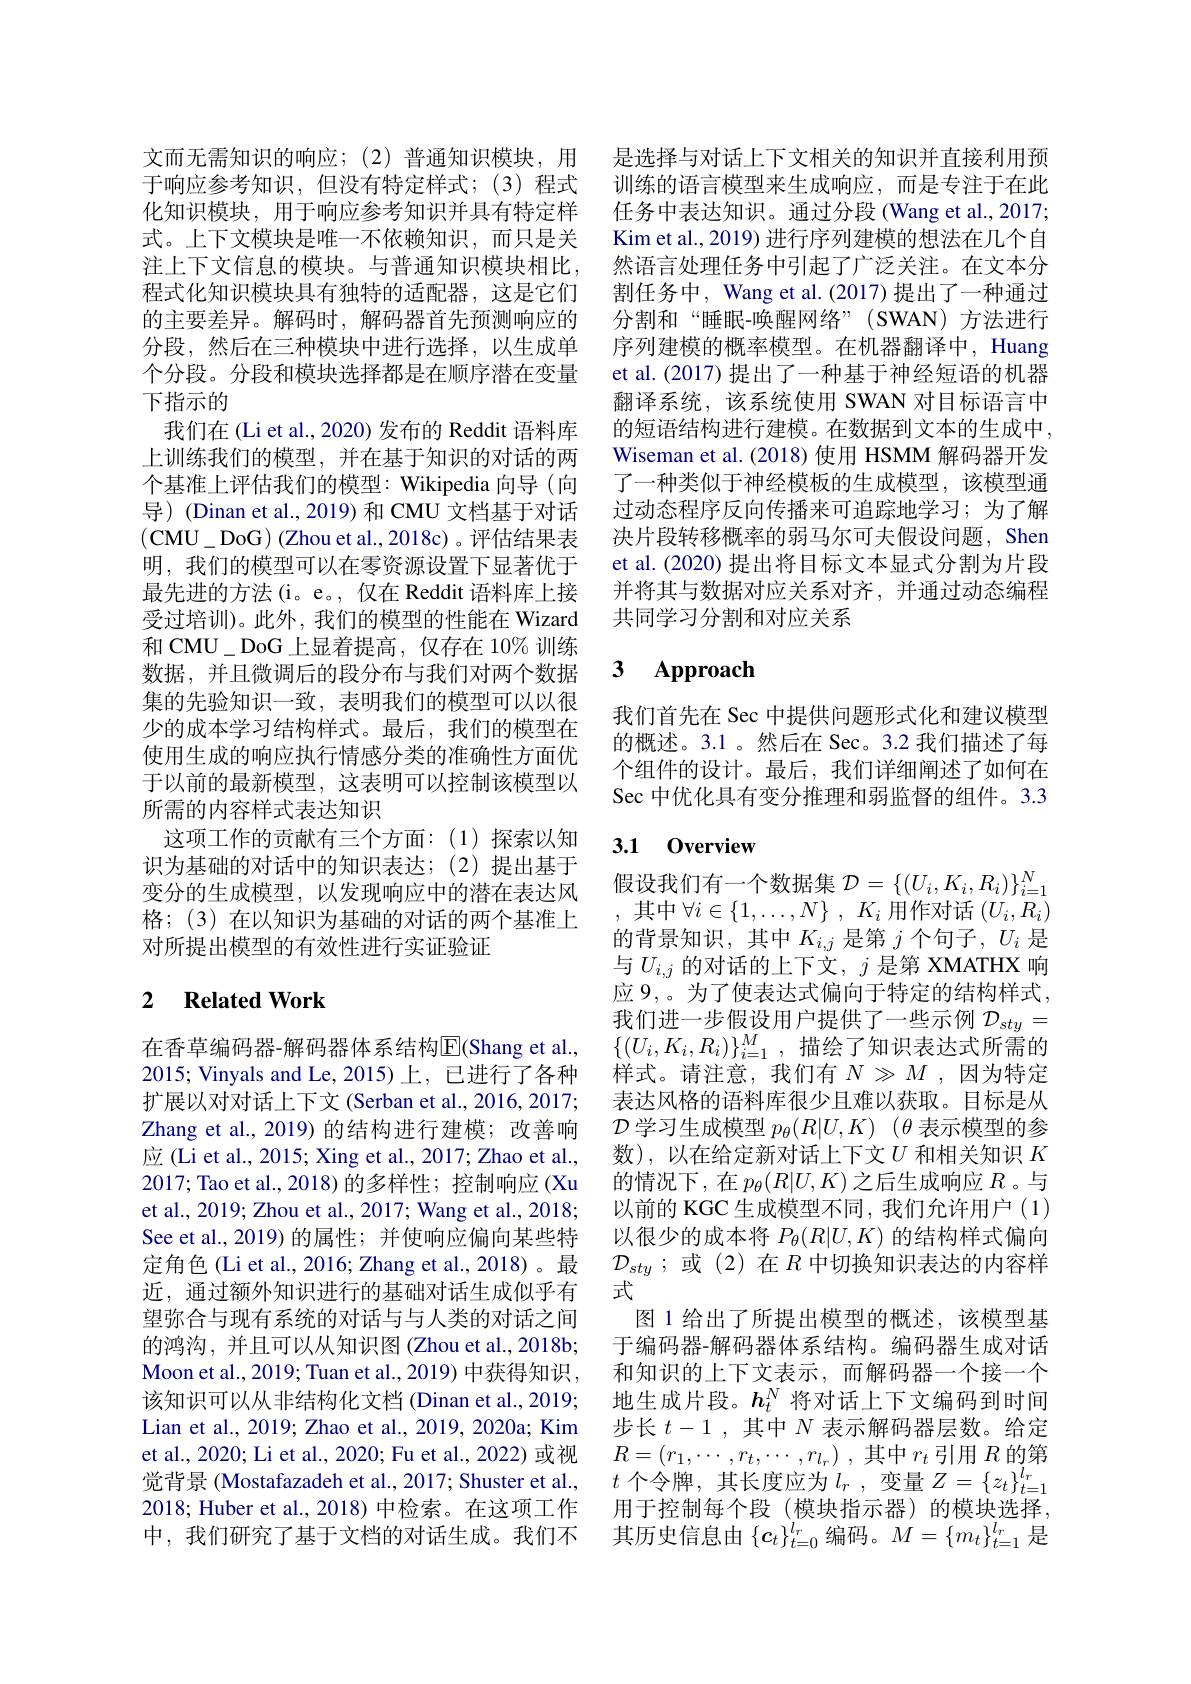
文而无需知识的响应；(2)普通知识模块，用于响应参考知识，但没有特定样式；(3)程式化知识模块，用于响应参考知识并具有特定样式。上下文模块是唯一不依赖知识，而只是关注上下文信息的模块。与普通知识模块相比， 程式化知识模块具有独特的适配器，这是它们的主要差异。解码时，解码器首先预测响应的分段，然后在三种模块中进行选择，以生成单个分段。分段和模块选择都是在顺序潜在变量下指示的
我们在 (Li et al., 2020) 发布的 Reddit 语料库上训练我们的模型，并在基于知识的对话的两个基准上评估我们的模型：Wikipedia 向导(向导) (Dinan et al., 2019) 和 CMU 文档基于对话(CMU$\_$DoG) ( Zhou et al. , 2018c) 。评估结果表明，我们的模型可以在零资源设置下显著优于最先进的方法(i。e。, 仅在 Reddit 语料库上接受过培训)。此外，我们的模型的性能在 Wizard 和 CMU\_ DoG 上显着提高，仅存在 10% 训练数据，并且微调后的段分布与我们对两个数据集的先验知识一致，表明我们的模型可以以很少的成本学习结构样式。最后，我们的模型在使用生成的响应执行情感分类的准确性方面优于以前的最新模型，这表明可以控制该模型以所需的内容样式表达知识
这项工作的贡献有三个方面：(1)探索以知识为基础的对话中的知识表达；(2)提出基于变分的生成模型，以发现响应中的潜在表达风格；(3)在以知识为基础的对话的两个基准上对所提出模型的有效性进行实证验证

## 2 $\textbf{Related Work}$

在香草编码器-解码器体系结构$\overline{\mathrm{E}}($Shang et al., 2015; Vinyals and Le,2015)上，已进行了各种扩展以对对话上下文 (Serban et al., 2016, 2017; Zhang et al.,2019)的结构进行建模；改善响应 (Li et al., 2015; Xing et al., 2017; Zhao et al., 2017; Tao et al.,2018)的多样性；控制响应(Xu et al., 2019; Zhou et al., 2017; Wang et al., 2018; See et al.,2019)的属性；并使响应偏向某些特定角色(Li et al., 2016; Zhang et al., 2018)。最近，通过额外知识进行的基础对话生成似乎有望弥合与现有系统的对话与与人类的对话之间的鸿沟，并且可以从知识图(Zhou et al.,2018b; Moon et al. , 2019; Tuan et al. , 2019) 中 获 得 知 识 , 该知识可以从非结构化文档 (Dinan et al.,2019; Lian et al., 2019; Zhao et al., 2019, 2020a; Kim et al., 2020; Li et al., 2020; Fu et al., 2022) 或视觉背景 (Mostafazadeh et al., 2017; Shuster et al., 2018; Huber et al., 2018) 中检索。在这项工作中，我们研究了基于文档的对话生成。我们不

是选择与对话上下文相关的知识并直接利用预训练的语言模型来生成响应，而是专注于在此任务中表达知识。通过分段 (Wang et al., 2017; Kim et al., 2019) 进行序列建模的想法在几个自然语言处理任务中引起了广泛关注。在文本分割任务中，Wang et al. (2017) 提出了一种通过分割和“睡眠-唤醒网络”(SWAN)方法进行序列建模的概率模型。在机器翻译中，Huang et al.(2017)提出了一种基于神经短语的机器翻译系统，该系统使用 SWAN 对目标语言中的短语结构进行建模。在数据到文本的生成中， Wiseman et al.(2018)使用 HSMM 解码器开发了一种类似于神经模板的生成模型，该模型通过动态程序反向传播来可追踪地学习；为了解决片段转移概率的弱马尔可夫假设问题，Shen et al. (2020) 提出将目标文本显式分割为片段并将其与数据对应关系对齐，并通过动态编程共同学习分割和对应关系

# 3 Approach

我们首先在 Sec 中提供问题形式化和建议模型的概述。3.1 。然后在 Sec。3.2 我们描述了每个组件的设计。最后，我们详细阐述了如何在Sec 中优化具有变分推理和弱监督的组件。3.3

## 3.1 0verview

假设我们有一个数据集$\mathcal{D}=\{(U_i,K_i,R_i)\}_{i=1}^N$ ,其中$\forall i\in \{ 1, \ldots , N\}$ , $K_i$用作对话$(U_i,R_i)$ 的背景知识，其中$K_{i,j}$是第$j$个句子，$U_i$是与$U_{i,j}$的对话的上下文，$j$ 是第 XMATHX 响应 9,。为了使表达式偏向于特定的结构样式， 我们进一步假设用户提供了一些示例$\mathcal{D}_{sty}=$ $\{(U_i,K_i,R_i)\}_{i=1}^M$,描绘了知识表达式所需的样式。请注意，我们有$N\gg M$,因为特定表达风格的语料库很少且难以获取。目标是从$\mathcal{D}$学习生成模型$p_\theta ( R| U, K)$ $( \theta$表示模型的参数),以在给定新对话上下文$U$ 和相关知识 $K$ 的情况下，在$p_\theta(R|U,K)$之后生成响应$R$ 。与以前的 KGC 生成模型不同，我们允许用户(1) 以很少的成本将$P_\theta(R|U,K)$的结构样式偏向$\mathcal{D}_{sty}$;或(2)在$R$中切换知识表达的内容样式
图 1 给出了所提出模型的概述，该模型基于编码器-解码器体系结构。编码器生成对话和知识的上下文表示，而解码器一个接一个地生成片段。$h_t^N$将对话上下文编码到时间步长$t-1$,其中$N$表示解码器层数。给定$R= ( r_1, \cdots , r_t, \cdots , r_{l_r})$ ,其中$r_t$引用$R$的 第 $t$ 个令牌，其长度应为$l_r$ ,变量 $Z=\{z_t\}_t=1^{l_r}$ 用于控制每个段(模块指示器)的模块选择， 其历史信息由$\{c_t\}_{t=0}^{l_r}$编码。$M=\{m_t\}_{t=1}^{l_r}$是